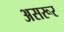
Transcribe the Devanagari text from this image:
असरूर